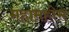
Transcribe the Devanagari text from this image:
महामहीम